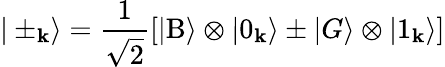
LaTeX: |\pm_{\mathbf k}\rangle=\frac{1}{\sqrt{2}}[|\mathrm{B}\rangle\otimes|0_{\mathbf k}\rangle\pm|G\rangle\otimes|1_{\mathbf k}\rangle]